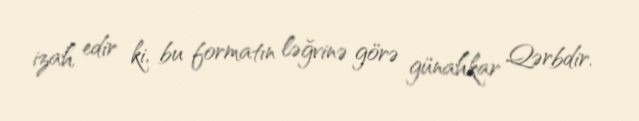
izah edir ki, bu formatın ləğvinə görə günahkar Qərbdir.